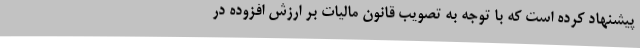
پیشنهاد کرده است که با توجه به تصویب قانون مالیات بر ارزش افزوده در